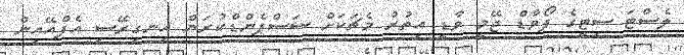
ލެސްޓަ ސިޓީގެ ފޯވާޑް ޖޭމީ ވާޑީ އިތުރު މެޗަކަށް ސަސްޕެންޑްކުރަން އިނގިރޭސި އެފްއޭއިން